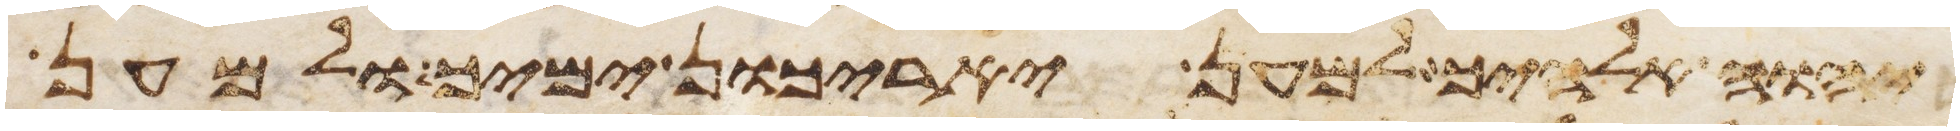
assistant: יהוה אלהיך למען יארכון ימיך ולמען